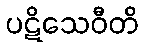
ပဋိသေဝီတိ